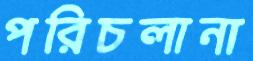
পরিচলানা